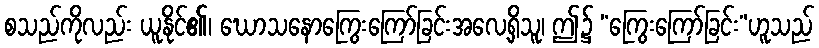
စသည်ကိုလည်း ယူနိုင်၏၊ ဃောသနောကြွေးကြော်ခြင်းအလေ့ရှိသူ၊ ဤ၌ “ကြွေးကြော်ခြင်း”ဟူသည်